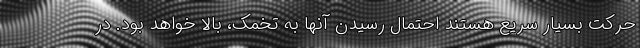
حرکت بسیار سریع هستند احتمال رسیدن آنها به تخمک، بالا خواهد بود. در